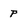
Character: P